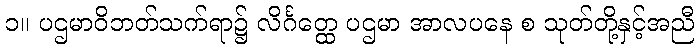
၁။ ပဌမာဝိဘတ်သက်ရာ၌ လိင်္ဂတ္ထေ ပဌမာ အာလပနေ စ သုတ်တို့နှင့်အညီ